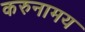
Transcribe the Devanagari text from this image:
करुनामय